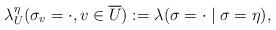
LaTeX: \begin{align*}\lambda_U^\eta (\sigma_v = \cdot, v \in \overline U) := \lambda(\sigma = \cdot \mid \sigma = \eta ),\end{align*}